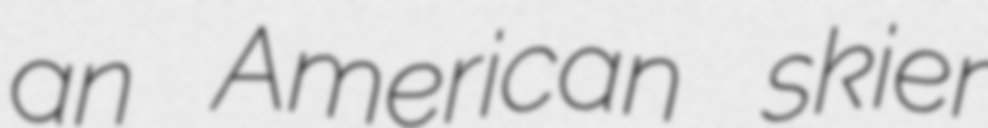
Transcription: an American skier